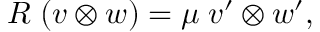
R \; ( v \otimes w ) = \mu \; v ^ { \prime } \otimes w ^ { \prime } ,